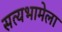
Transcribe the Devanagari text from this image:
सत्यभामेला